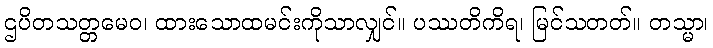
ဌပိတသတ္တမေဝ၊ ထားသောထမင်းကိုသာလျှင်။ ပဿတိကိရ၊ မြင်သတတ်။ တသ္မာ၊